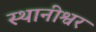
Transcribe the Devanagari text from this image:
स्थानीश्वर